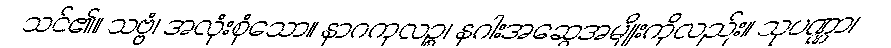
သင်၏။ သဗ္ဗံ၊ အလုံးစုံသော။ နာဂကုလဉ္စ၊ နဂါးအဆွေအမျိုးကိုလည်း။ သုပဏ္ဏာ၊